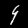
Label: 9